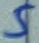
Text: 5